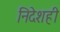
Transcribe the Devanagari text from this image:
निदेशही